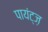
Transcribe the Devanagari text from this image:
पायंट्ज़